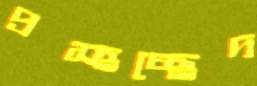
প্রস্হচ্ছেদ